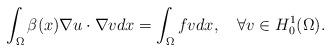
LaTeX: \begin{align*} \int_\Omega \beta(x) \nabla u\cdot \nabla v dx = \int_\Omega f v dx , ~~~ \forall v\in H^1_0(\Omega).\end{align*}